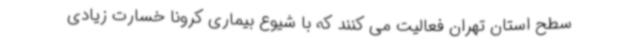
سطح استان تهران فعالیت می کنند که با شیوع بیماری کرونا خسارت زیادی